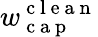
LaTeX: w_{\mathrm{~c~a~p~}}^{\mathrm{~c~l~e~a~n~}}